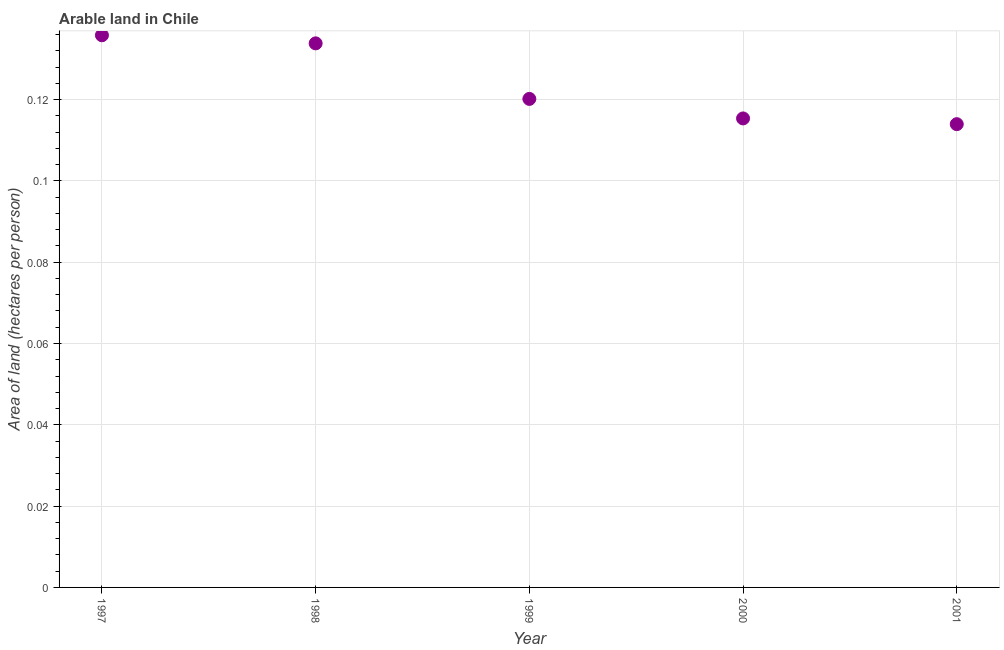
| Year | Arable land |
 | --- | --- |
 | 1997 | 0.136 |
 | 1998 | 0.134 |
 | 1999 | 0.12 |
 | 2000 | 0.115 |
 | 2001 | 0.114 |